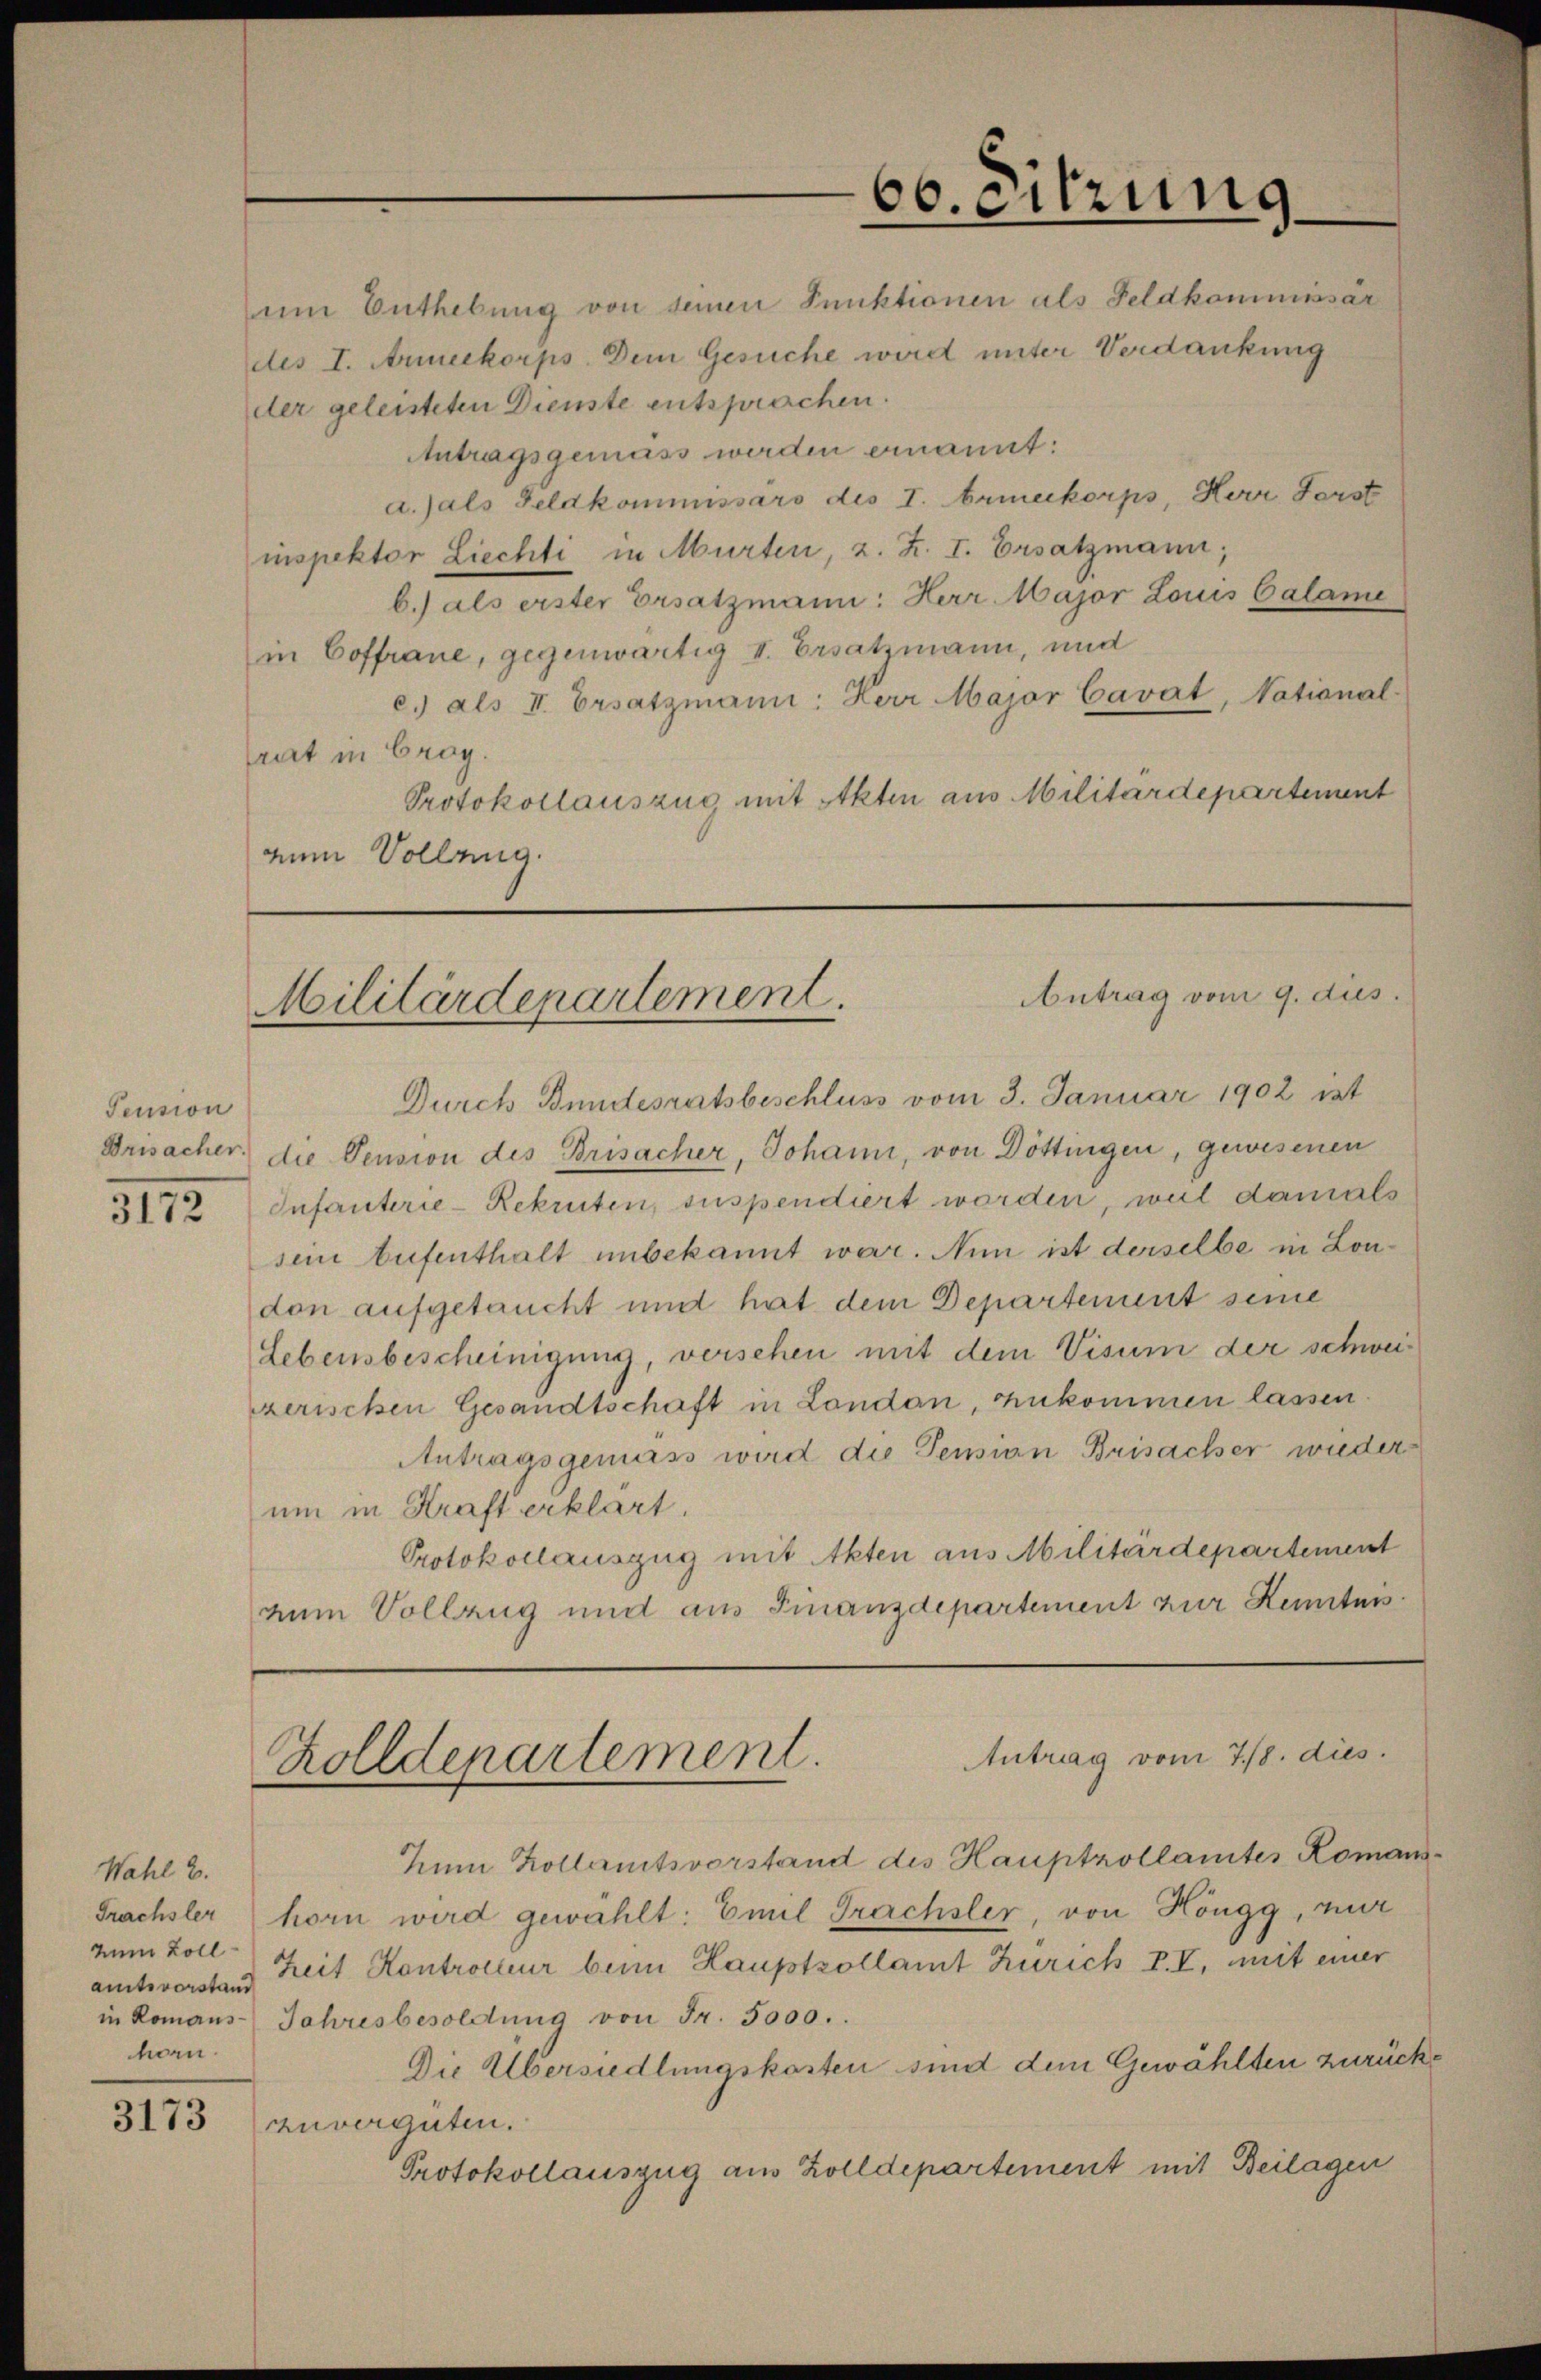
Pension

um Enthebung von seinen Punktionen als Feldkommissär
des I. Anneckorps. Dem Gesuche wird unter Verdankung
der geleisteten Dienste entsprachen.
Antragsgemäss werden ernannt:
a.)als Geldkommissärs des I. Armeekorps, Herr Forst
inspektor Liechti in Murten, z. Z. I. Ersatzmann,
b.) als erster Ersatzmann: Herr Major Louis Calame
in Coffrane, gegenwärtig I. Ersatzmann, und
c. als II. Ersatzmann: Herr Major Cavat, National-
frat in Crag.
Protokollauszug mit Akten aus Militärdepartement
zum Vollung.

Wahl 2.
amtsvorstand
horn.

3173

Durch Bundesratsbeschluss vom 3. Januar 1902 ist
Drisacher die Pension des Brisacher, Johann, von Döttingen, gewesenen
31722 Infanterie-Rekruten, suspendiert worden, weil damals
sein tufenthalt unbekannt war. Nun ist derselbe in London aufgetaucht und hat dem Departement seine
Lebensbescheinigung, versehen mit dem Visum der schweizerischen Gesandtschaft in London, zukommen lassen.
Antragsgemäss wird die Pensian Brisacher wieder
um in Kraft erklärt.
Protokollauszug mit Akten aus Militärdepartement
num Vollzug und aus Finanzdepartement zur Kenntnis¬

66. eitzung

Antrag vom 9. dies
Militärdepartement.

Antrag vom 7./8. dies
Zolldepartement.

Zum Kollamtsvorstand des Hauptzollamtes Romann
Frachsler horn wird gewählt: Emil Frachsler, von Höngg, nur
zum Coll Zeit Kontrolleur beim Hauptzollamt Zürich P. V, mit einer
in Romans Jahresbesoldŭng von Fr. 5000.
Die Übersiedlungskosten sind dem Gewählten zurückzuvergüten.
Protokollauszug aus Zolldepartement mit Beilagen